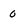
Character: 0